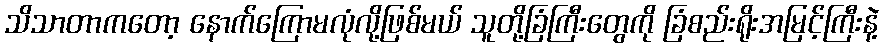
သိသာတာကတော့ နောက်ကြောမလုံလို့ဖြစ်မယ် သူတို့ခြံကြီးတွေကို ခြံစည်းရိုးအမြင့်ကြီးနဲ့